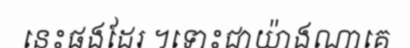
នេះផងដែរ ។ទោះជាយ៉ាងណាគេ